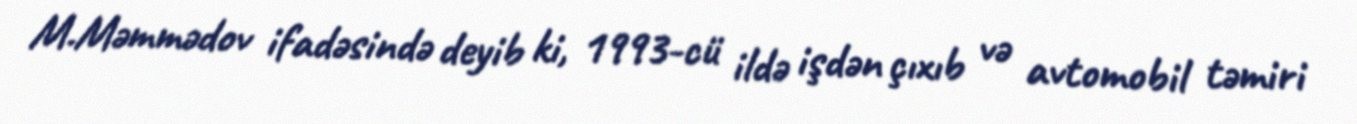
M.Məmmədov ifadəsində deyib ki, 1993-cü ildə işdən çıxıb və avtomobil təmiri